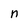
Character: n